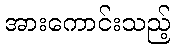
အားကောင်းသည့်